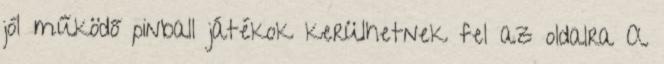
jól működő pinball játékok kerülhetnek fel az oldalra A